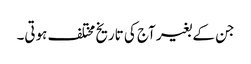
جن کے بغیر آج کی تاریخ مختلف ہوتی۔